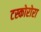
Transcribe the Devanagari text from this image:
टस्कोरोरा